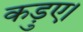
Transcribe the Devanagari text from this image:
कड़ुए।